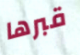
قبرها